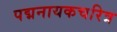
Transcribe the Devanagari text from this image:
पद्मनायकचरित्र